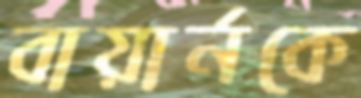
বায়ার্নকে